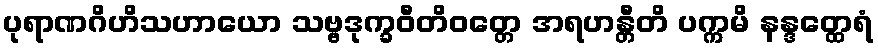
ပုရာဏဂိဟိသဟာယော သဗ္ဗဒုက္ခဝီတိဝတ္တေ အရဟန္တီတိ ပက္ကမိ နန္ဒတ္ထေရံ